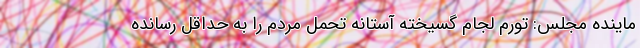
ماینده مجلس: تورم لجام گسیخته آستانه تحمل مردم را به حداقل رسانده